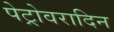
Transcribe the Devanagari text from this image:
पेट्रोवरादिन